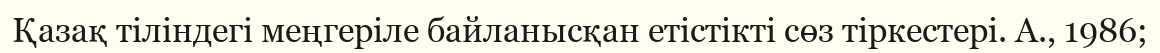
Қазақ тіліндегі меңгеріле байланысқан етістікті сөз тіркестері. А., 1986;